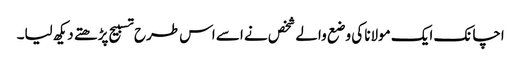
اچانک ایک مولانا کی وضع والے شخص نے اسے اس طرح تسبیح پڑھتے دیکھ لیا۔